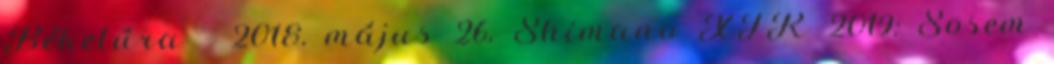
Béketúra - 2018. május 26. Shimano XTR 2019: Sosem